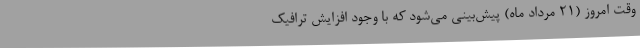
وقت امروز (21 مرداد ماه) پیش‌بینی می‌شود که با وجود افزایش ترافیک